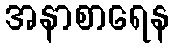
အနာစာရေန